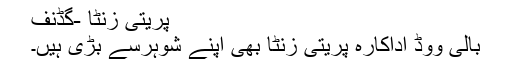
پریتی زنٹا -گڈنف
بالی ووڈ اداکارہ پریتی زنٹا بھی اپنے شوہرسے بڑی ہیں۔